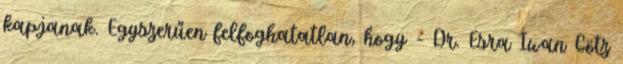
kapjanak. Egyszerűen felfoghatatlan, hogy - Dr. Esra Iwan Götz